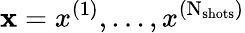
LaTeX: \mathbf x=x^{(1)},...,x^{(\mathrm N_{\mathrm{shots}})}